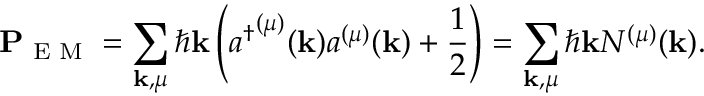
\mathbf { P } _ { \textrm { E M } } = \sum _ { \mathbf { k } , \mu } \hbar \mathbf { k } \left( { a ^ { \dagger } } ^ { ( \mu ) } ( \mathbf { k } ) a ^ { ( \mu ) } ( \mathbf { k } ) + { \frac { 1 } { 2 } } \right) = \sum _ { \mathbf { k } , \mu } \hbar \mathbf { k } N ^ { ( \mu ) } ( \mathbf { k } ) .